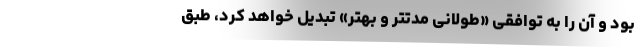
بود و آن را به توافقی «طولانی مدتتر و بهتر» تبدیل خواهد کرد، طبق